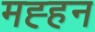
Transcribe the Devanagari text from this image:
मह्हन